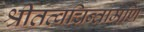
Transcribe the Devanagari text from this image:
श्रीतत्वचिन्तामणि